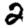
Digit: 2